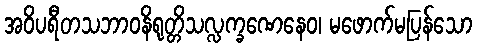
အဝိပရီတသဘာဝနိရုတ္တိသလ္လက္ခဏေနေဝ၊ မဖောက်မပြန်သော